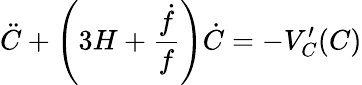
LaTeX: \ddot{C}+\left(3H+\frac{\dot{f}}{f}\right)\dot{C}=-V_{C}^{\prime}(C)